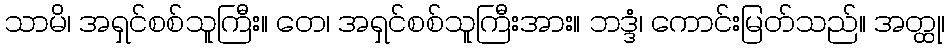
သာမိ၊ အရှင်စစ်သူကြီး။ တေ၊ အရှင်စစ်သူကြီးအား။ ဘဒ္ဒံ၊ ကောင်းမြတ်သည်။ အတ္ထု၊